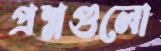
প্রশ্নগুলো